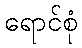
ရောင်စုံ